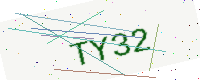
Text: TY32